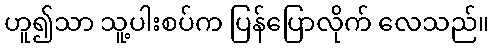
ဟူ၍သာ သူ့ပါးစပ်က ပြန်ပြောလိုက် လေသည်။